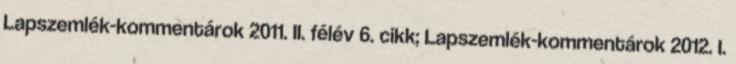
Lapszemlék-kommentárok 2011. II. félév 6. cikk; Lapszemlék-kommentárok 2012. I.